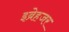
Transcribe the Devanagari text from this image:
इब्रेहजर